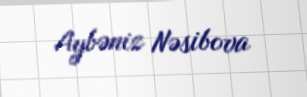
Aybəniz Nəsibova